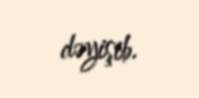
dəyişib.